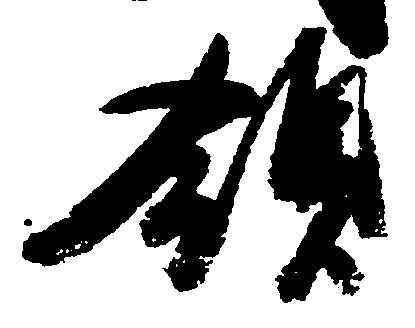
領